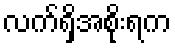
လက်ရှိအစိုးရက